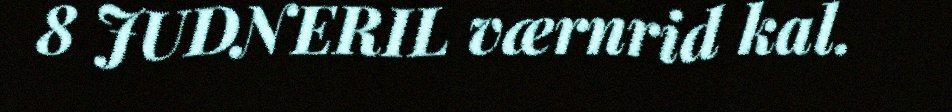
8 JUDNERIL værnrid kal.